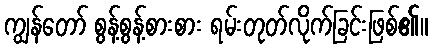
ကျွန်တော် စွန့်စွန့်စားစား ရမ်းတုတ်လိုက်ခြင်းဖြစ်၏။